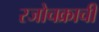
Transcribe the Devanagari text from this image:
रजोचक्राची